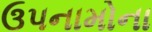
ઉપનામોના